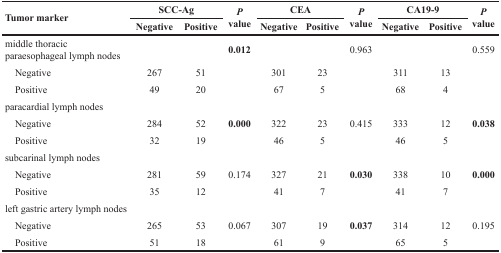
| <ROWSPAN=2> Tumor marker | <COLSPAN=2> SCC-Ag | <ROWSPAN=2> P value | <COLSPAN=2> CEA | <ROWSPAN=2> P value | <COLSPAN=2> CA19-9 | <ROWSPAN=2> P value |
 | Negative | Positive | Negative | Positive | Negative | Positive |
 | --- | --- | --- | --- | --- | --- | --- | --- | --- | --- |
 | middle thoracic paraesophageal lymph nodes |  |  | 0.012 |  |  | 0.963 |  |  | 0.559 |
 | Negative | 267 | 51 |  | 301 | 23 |  | 311 | 13 |  |
 | Positive | 49 | 20 |  | 67 | 5 |  | 68 | 4 |  |
 | paracardial lymph nodes |  |  |  |  |  |  |  |  |  |
 | Negative | 284 | 52 | 0.000 | 322 | 23 | 0.415 | 333 | 12 | 0.038 |
 | Positive | 32 | 19 |  | 46 | 5 |  | 46 | 5 |  |
 | subcarinal lymph nodes |  |  |  |  |  |  |  |  |  |
 | Negative | 281 | 59 | 0.174 | 327 | 21 | 0.030 | 338 | 10 | 0.000 |
 | Positive | 35 | 12 |  | 41 | 7 |  | 41 | 7 |  |
 | left gastric artery lymph nodes |  |  |  |  |  |  |  |  |  |
 | Negative | 265 | 53 | 0.067 | 307 | 19 | 0.037 | 314 | 12 | 0.195 |
 | Positive | 51 | 18 |  | 61 | 9 |  | 65 | 5 |  |